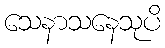
သေနာသနေသုပိ